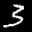
Label: 3